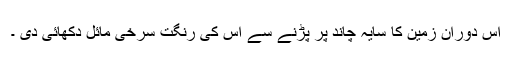
اس دوران زمین کا سایہ چاند پر پڑنے سے اس کی رنگت سرخی مائل دکھائی دی ۔